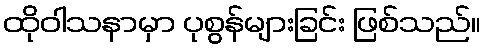
ထိုဝါသနာမှာ ပုစွန်များခြင်း ဖြစ်သည်။